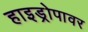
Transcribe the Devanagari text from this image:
हाइड्रोपावर